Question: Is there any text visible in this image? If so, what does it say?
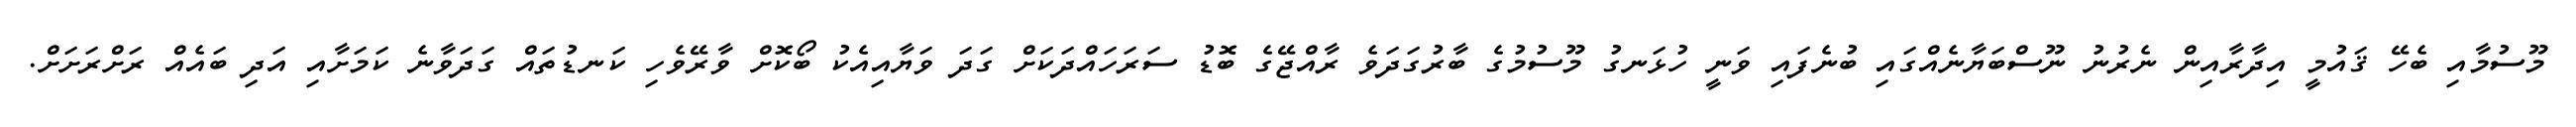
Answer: މޫސުމާއި ބެހޭ ޤައުމީ އިދާރާއިން ނެރުނު ނޫސްބަޔާނެއްގައި ބުނެފައި ވަނީ ހުޅަނގު މޫސުމުގެ ބާރުގަދަވެ ރާއްޖޭގެ ބޮޑު ސަރަހައްދަކަށް ގަދަ ވަޔާއިއެކު ބޯކޮށް ވާރޭވެހި ކަނޑުތައް ގަދަވާނެ ކަމަށާއި އަދި ބައެއް ރަށްރަށަށް.